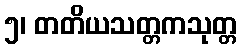
၅၊ တတိယသတ္တကသုတ္တ